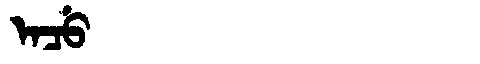
Manchu: ᡝᠨᠴᡠ
Romanization: ENCU